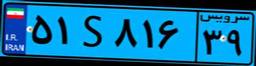
۹۹S۴۱۳۰۷